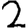
Digit: 2